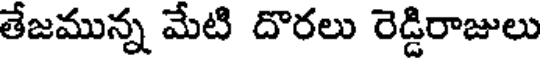
తేజమున్న మేటి దొరలు రెడ్డిరాజులు